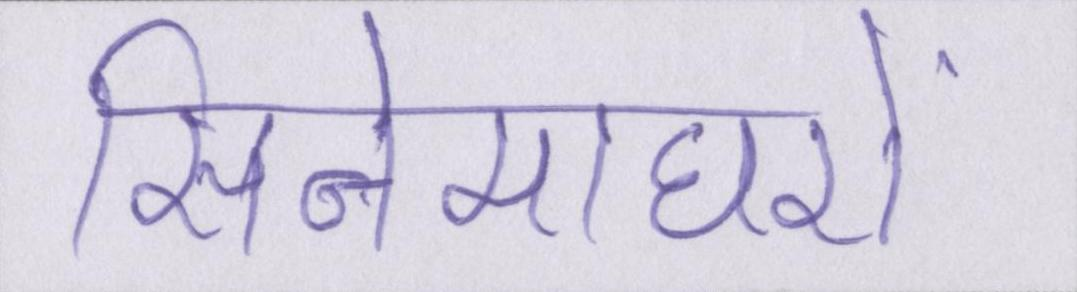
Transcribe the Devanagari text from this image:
सिनेमाघरों